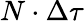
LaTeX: N\cdot\Delta\tau